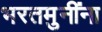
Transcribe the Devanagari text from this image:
भरतमुनींना